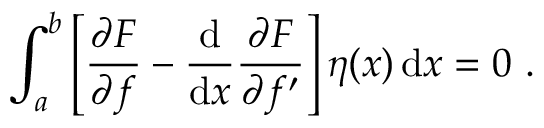
\int _ { a } ^ { b } \left[ { \frac { \partial F } { \partial f } } - { \frac { \mathrm { d } } { \mathrm { d } x } } { \frac { \partial F } { \partial f ^ { \prime } } } \right] \eta ( x ) \, \mathrm { d } x = 0 \ .